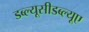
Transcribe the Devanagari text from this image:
डब्ल्यूसीडब्ल्यूए